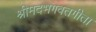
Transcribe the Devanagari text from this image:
श्रीमदभगवतगीता